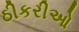
ઠીકરીઓ